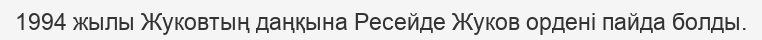
1994 жылы Жуковтың даңқына Ресейде Жуков ордені пайда болды.